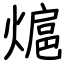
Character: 熩